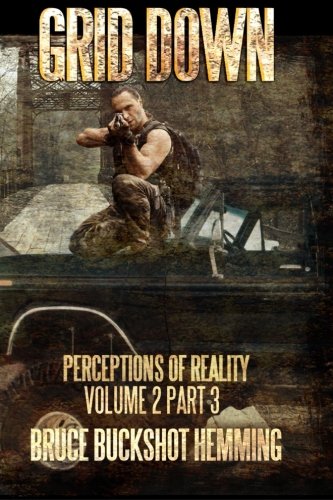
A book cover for Grid Down Perceptions of Reality: Part 3 (Volume 2); Bruce Buckshot Hemming; Mystery, Thriller & Suspense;